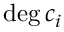
{ \mathrm { d e g } } \, c _ { i }